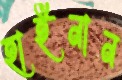
হাইনান